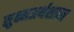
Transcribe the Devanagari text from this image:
सुक्ष्मअर्थशास्त्र